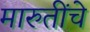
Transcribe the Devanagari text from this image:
मारुतींचे